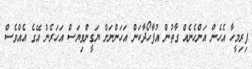
ފިރިމީހާ އެހެން އަންހެނެއް ގާތުން އުފާހޯދާކަން އަހަންނަށް ޔަގީންވިޔަސް އަހަރެން އޭގެ އެއްވެސް